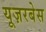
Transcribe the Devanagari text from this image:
यूज़रबेस